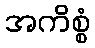
အကိစ္စံ